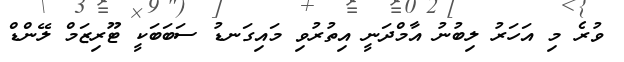
ވުރެ މި އަހަރު ލިބުނު އާމްދަނީ އިތުރުވި މައިގަނޑު ސަބަބަކީ ޓޫރިޒަމް ލޭންޑް